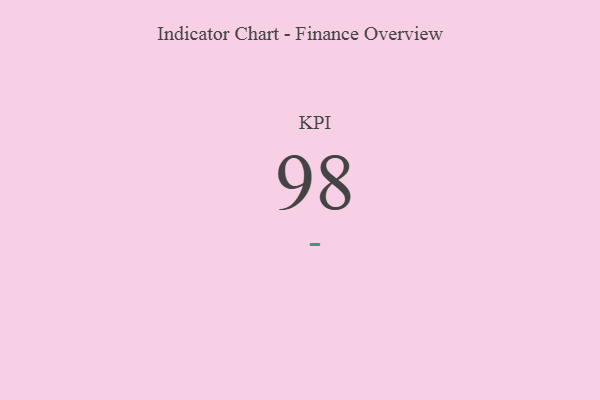
{"axis": {"x": "KPI", "y": "Value"}, "legend": [""], "data": [{"x": "KPI", "y": 98, "type": ""}]}